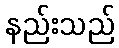
နည်းသည်